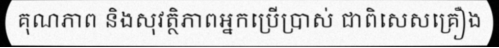
គុណភាព និងសុវត្ថិភាពអ្នកប្រើប្រាស់ ជាពិសេសគ្រឿង